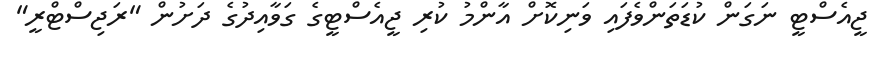
ޖީއެސްޓީ ނަގަން ކުޑަތަންވެފައި ވަނިކޮށް އާންމު ކުރި ޖީއެސްޓީގެ ގަވާއިދުގެ ދަށުން "ރަޖިސްޓްރީ"